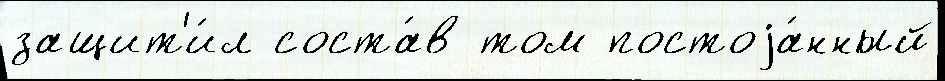
защит'и́л соста́в том постоjа́нный